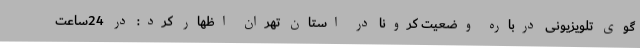
گوی تلویزیونی درباره وضعیت کرونا در استان تهران اظهار کرد: در 24ساعت